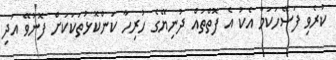
ކުރެވި ފަސޭހަކަމާ އެކު އެ ފޮތްތައް ދުނިޔޭގެ ހުރިހާ ކަންކޮޅުތަކަކަށް ފޮނުވޭ އަދި